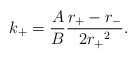
LaTeX: \begin{align*}k_+ = \frac{A}{B}\frac{r_+ - r_-}{2{r_+}^2}. \end{align*}